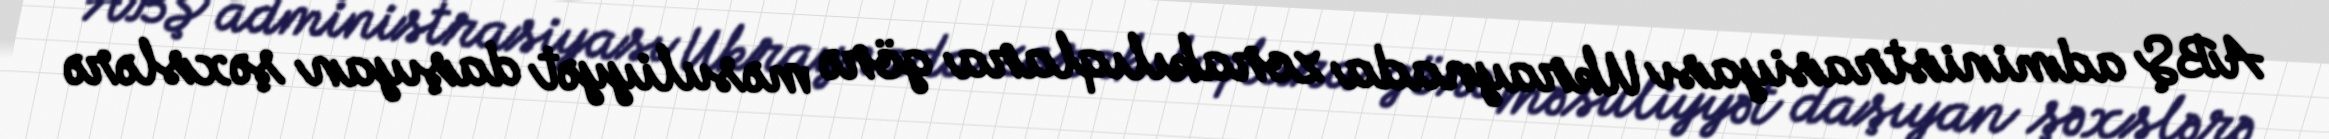
ABŞ administrasiyası Ukraynada zorakılıqlara görə məsuliyyət daşıyan şəxslərə